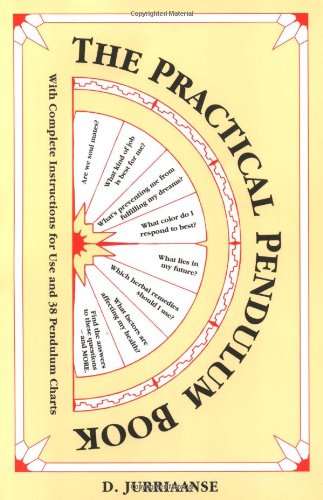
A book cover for The Practical Pendulum Book; D. Jurriaanse; Religion & Spirituality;